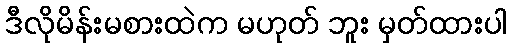
ဒီလိုမိန်းမစားထဲက မဟုတ် ဘူး မှတ်ထားပါ